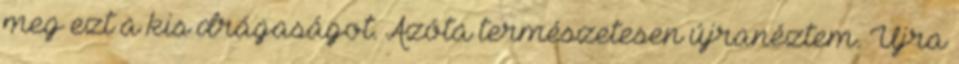
meg ezt a kis drágaságot. Azóta természetesen újranéztem. Újra